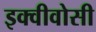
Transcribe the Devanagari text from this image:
इक्वीवोसी